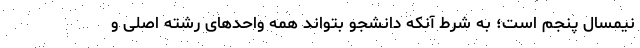
نیمسال پنجم است؛ به شرط آنکه دانشجو بتواند همه واحدهای رشته اصلی و